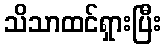
သိသာထင်ရှားပြီး